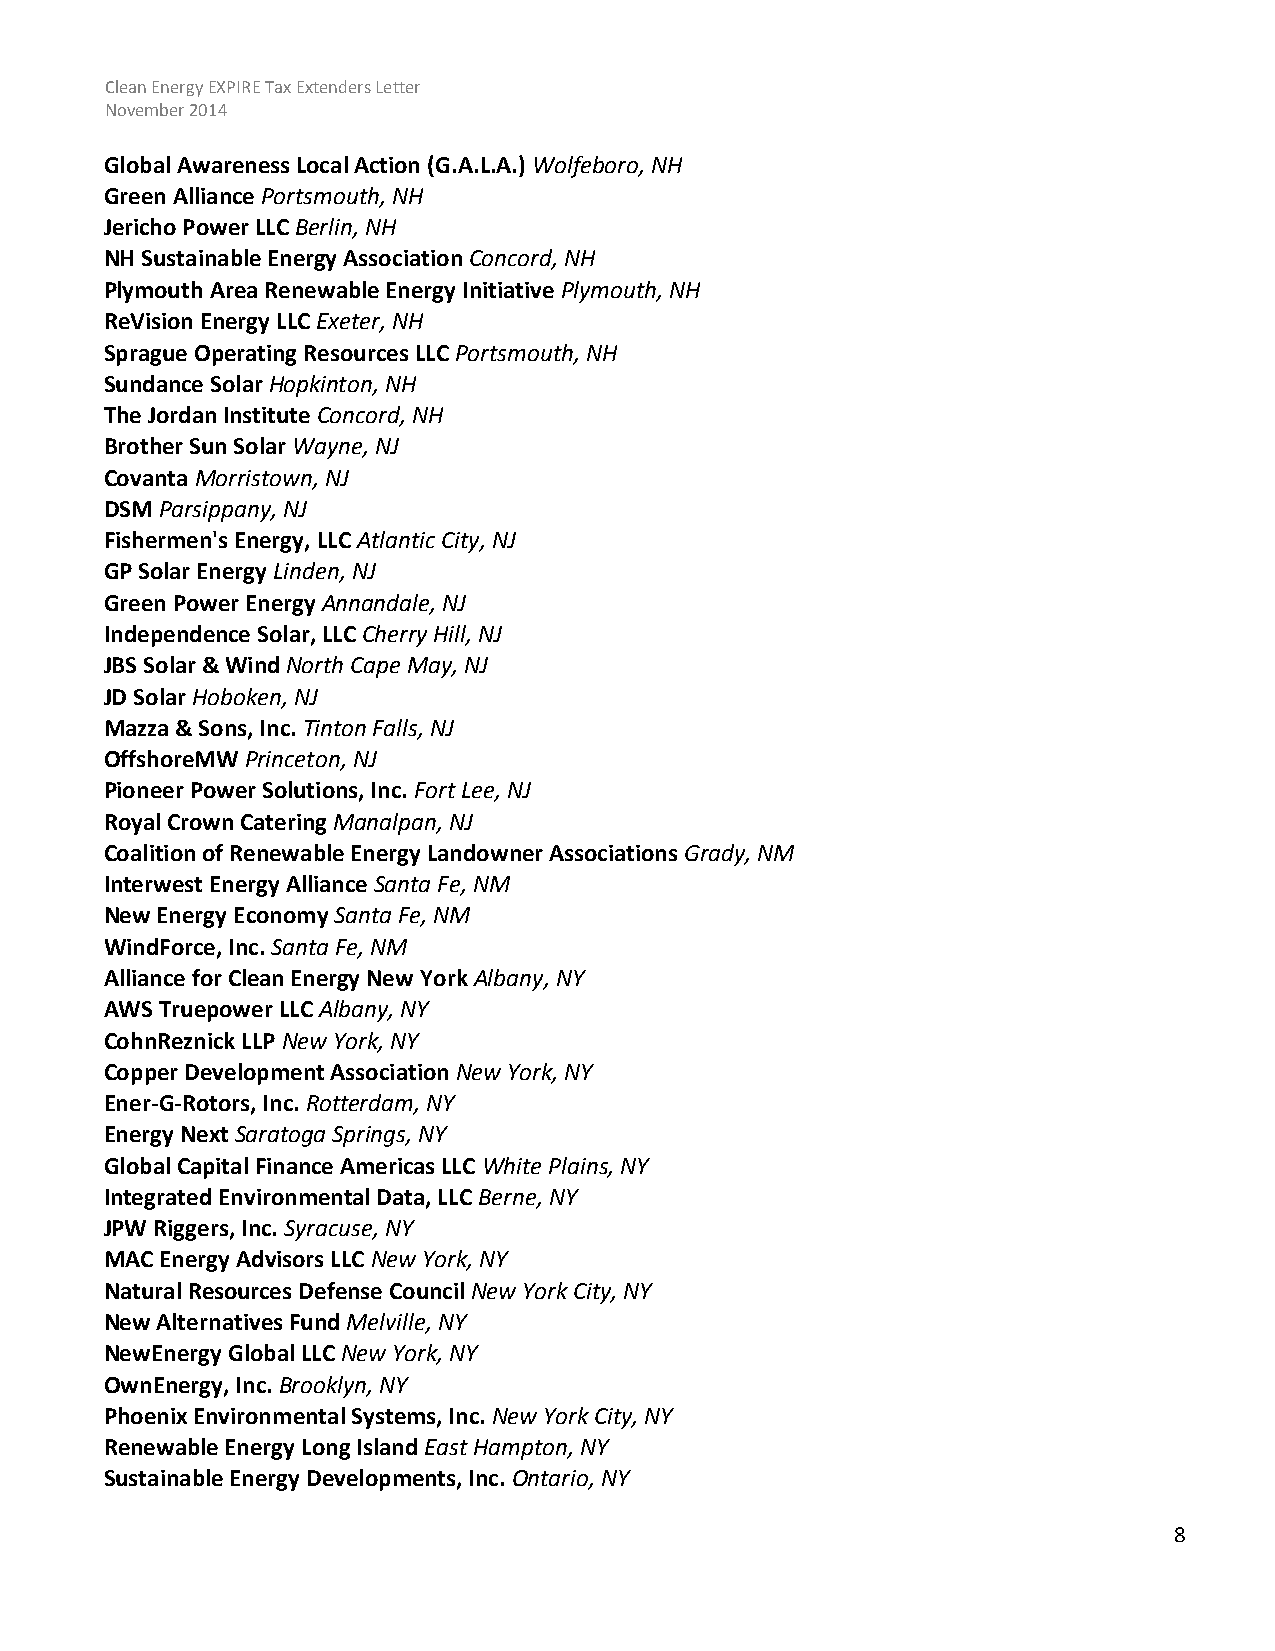
Clean Energy EXPIRE Tax Extenders Letter
 November 2014
 Global Awareness Local Action (G.A.L.A.) Wolfeboro, NH
 Green Alliance Portsmouth, NH
 Jericho Power LLC Berlin, NH
 NH Sustainable Energy Association Concord, NH
 Plymouth Area Renewable Energy Initiative Plymouth, NH
 ReVision Energy LLC Exeter, NH
 Sprague Operating Resources LLC Portsmouth, NH
 Sundance Solar Hopkinton, NH
 The Jordan Institute Concord, NH
 Brother Sun Solar Wayne, NJ
 Covanta Morristown, NJ
 DSM Parsippany, NJ
 Fishermen's Energy, LLC Atlantic City, NJ
 GP Solar Energy Linden, NJ
 Green Power Energy Annandale, NJ
 Independence Solar, LLC Cherry Hill, NJ
 JBS Solar & Wind North Cape May, NJ
 JD Solar Hoboken, NJ
 Mazza & Sons, Inc. Tinton Falls, NJ
 OffshoreMW Princeton, NJ
 Pioneer Power Solutions, Inc. Fort Lee, NJ
 Royal Crown Catering Manalpan, NJ
 Coalition of Renewable Energy Landowner Associations Grady, NM
 Interwest Energy Alliance Santa Fe, NM
 New Energy Economy Santa Fe, NM
 WindForce, Inc. Santa Fe, NM
 Alliance for Clean Energy New York Albany, NY
 AWS Truepower LLC Albany, NY
 CohnReznick LLP New York, NY
 Copper Development Association New York, NY
 Ener-G-Rotors, Inc. Rotterdam, NY
 Energy Next Saratoga Springs, NY
 Global Capital Finance Americas LLC White Plains, NY
 Integrated Environmental Data, LLC Berne, NY
 JPW Riggers, Inc. Syracuse, NY
 MAC Energy Advisors LLC New York, NY
 Natural Resources Defense Council New York City, NY
 New Alternatives Fund Melville, NY
 NewEnergy Global LLC New York, NY
 OwnEnergy, Inc. Brooklyn, NY
 Phoenix Environmental Systems, Inc. New York City, NY
 Renewable Energy Long Island East Hampton, NY
 Sustainable Energy Developments, Inc. Ontario, NY
 8